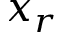
x _ { r }